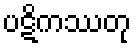
ပဋိကဿတု